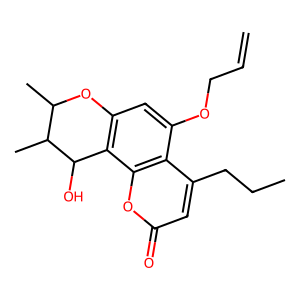
SMILES: C=CCOc1cc2c(c3oc(=O)cc(CCC)c13)C(O)C(C)C(C)O2
Inhibits HIV replication: Yes